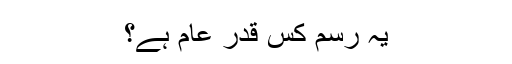
یہ رسم کس قدر عام ہے؟